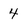
Character: 4